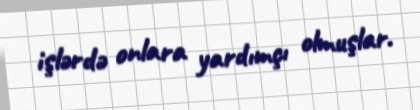
işlərdə onlara yardımçı olmuşlar.